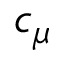
c _ { \mu }